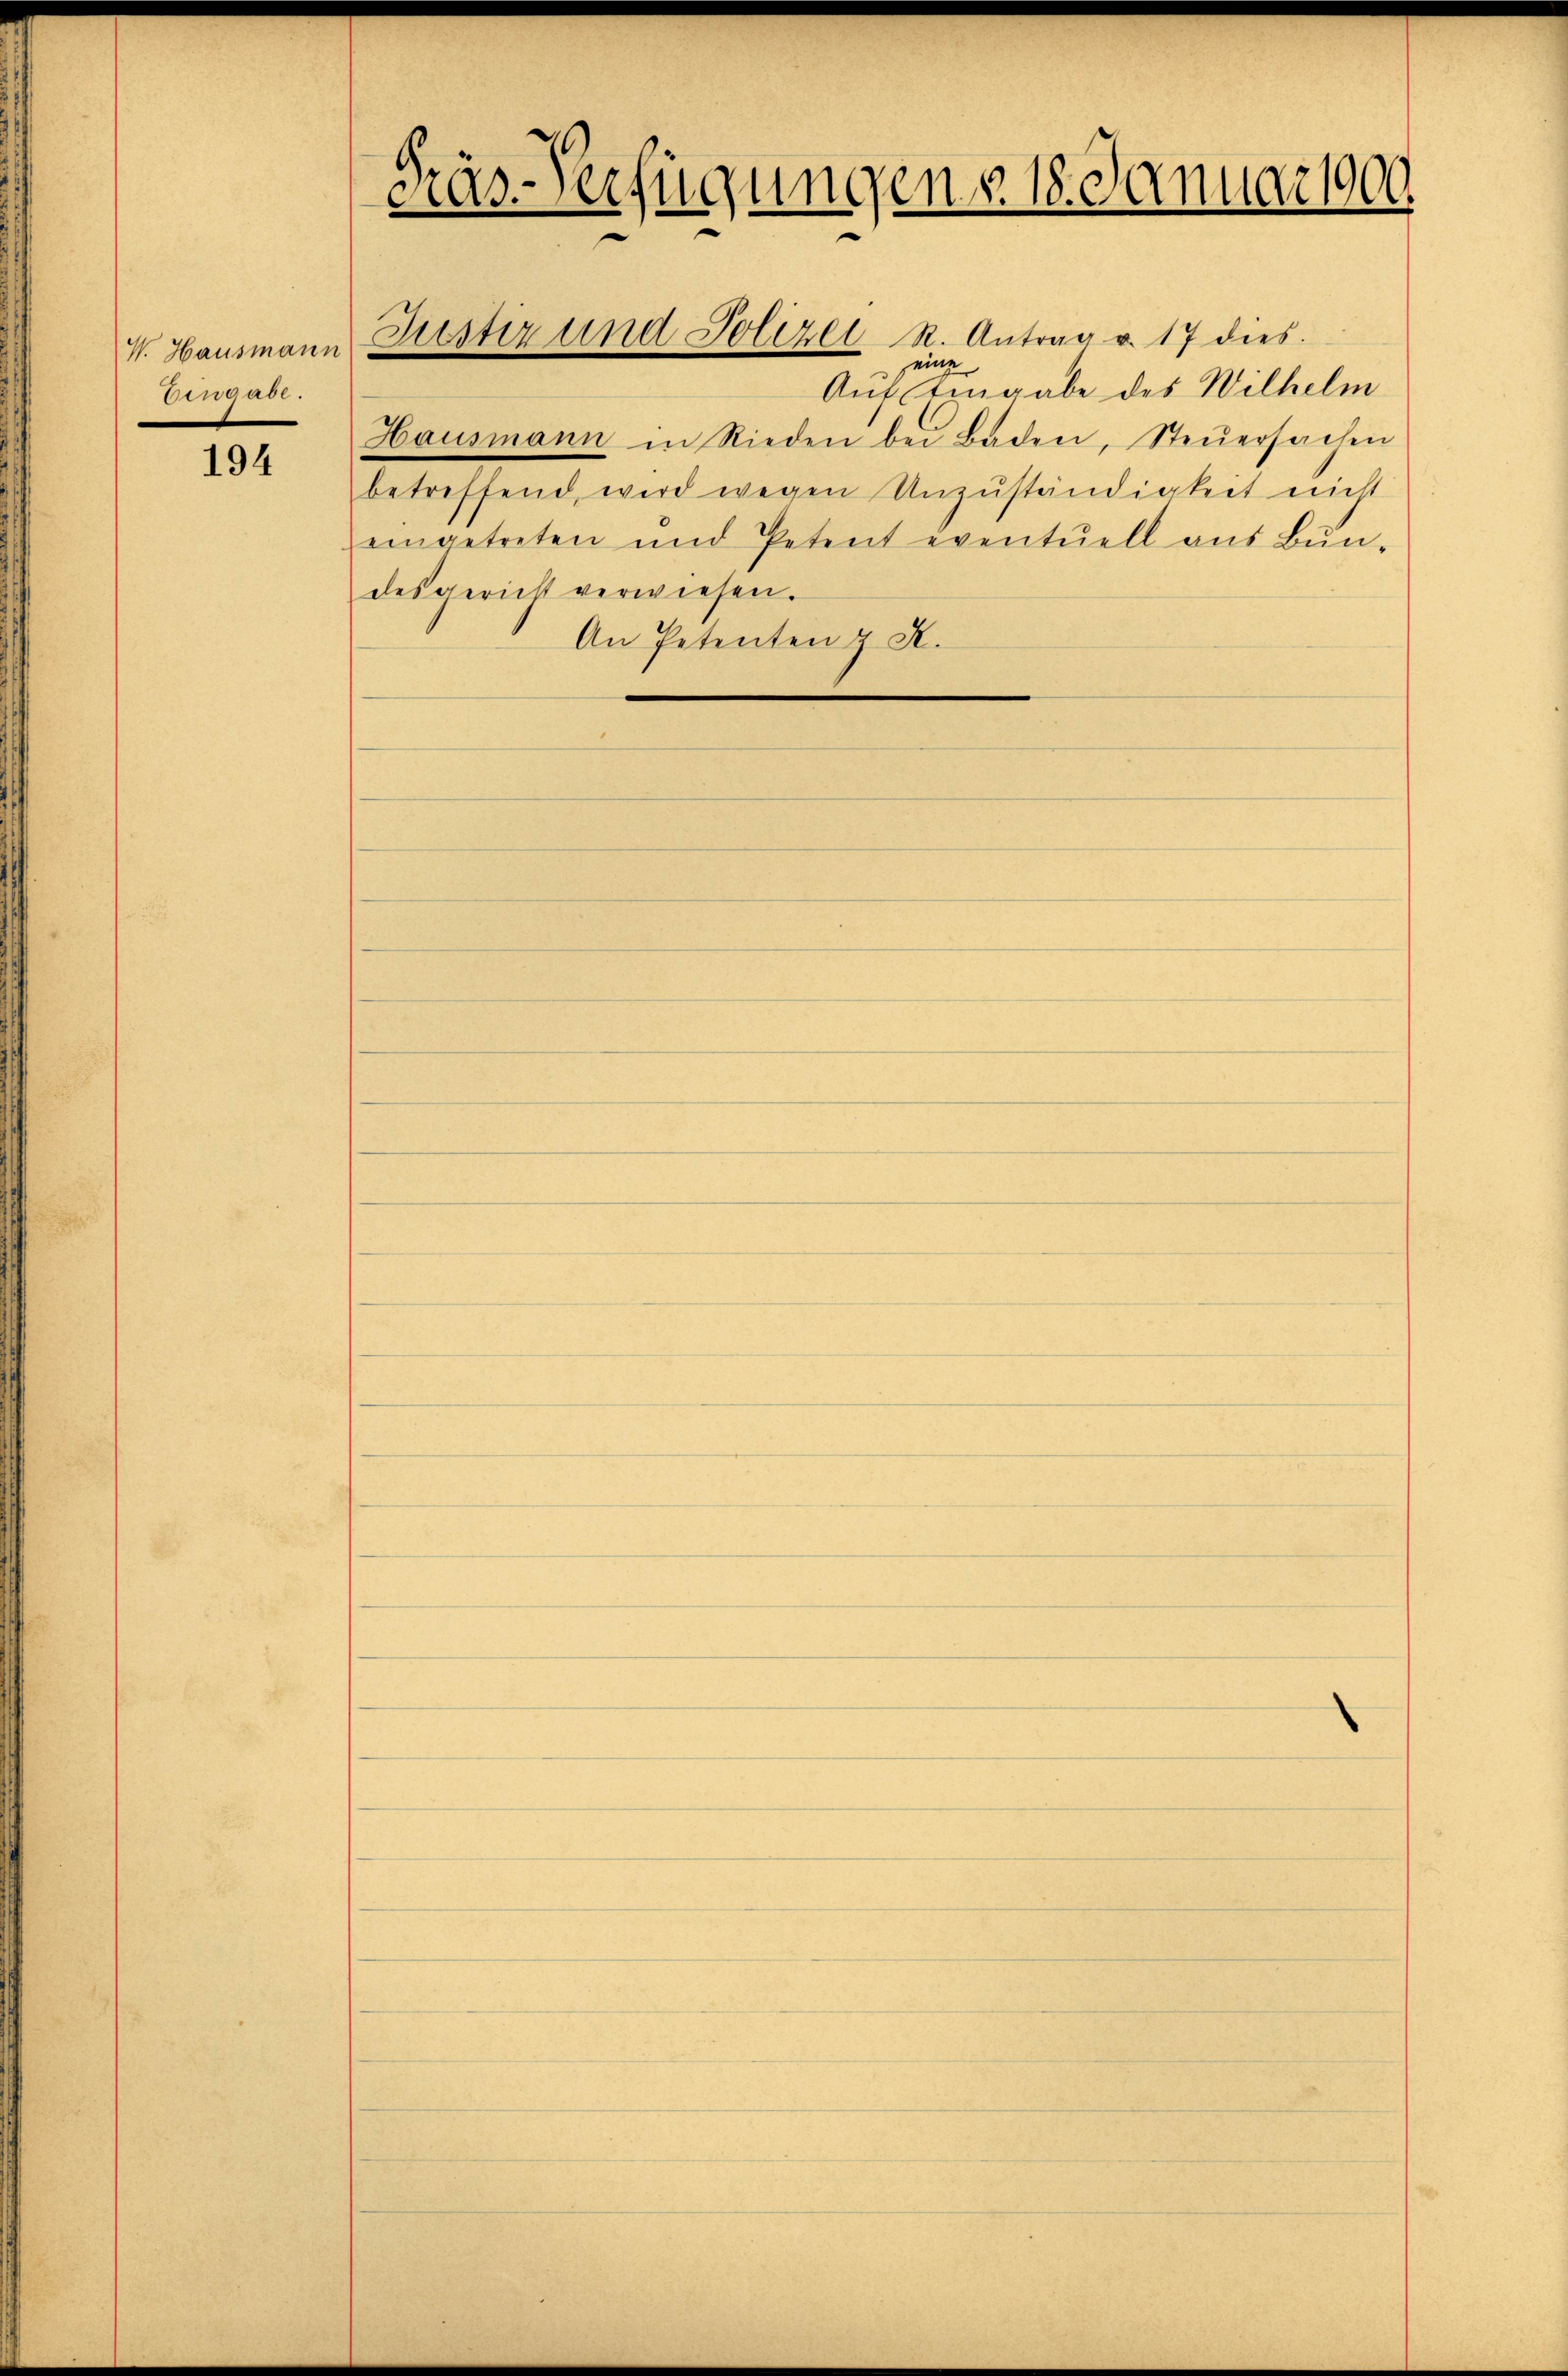
V. Hausmann
gast.

194

Pras-Verfügungen § 18. Januar 1900.

eine
Auf Eingabe des Wilhelm
Hausmann in Rieden bei Baden, Steŭersachen
betreffend, wird wegen Unzuständigkeit nicht
eingetreten und Petent eventuell aus Bundesgericht verwiesen.
An Petenten & A.

Justiz und Polizei R. Antrag v. 17 dies